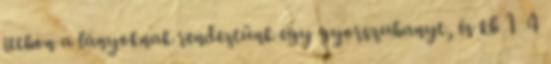
itthon a lányoknak rendeztünk egy gyorszuhanyt, és kb 1 4